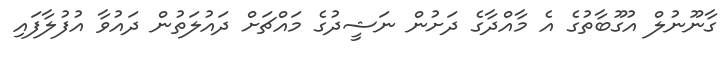
ގާނޫނުލް އުގޫބާތުގެ އެ މާއްދާގެ ދަށުން ނަޝީދުގެ މައްޗަށް ދައުލަތުން ދައުވާ އުފުލާފައި